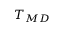
T _ { M D }